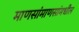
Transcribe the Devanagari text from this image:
माणसांमाणसांमधील